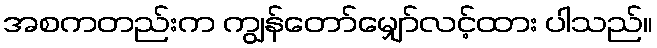
အစကတည်းက ကျွန်တော်မျှော်လင့်ထား ပါသည်။